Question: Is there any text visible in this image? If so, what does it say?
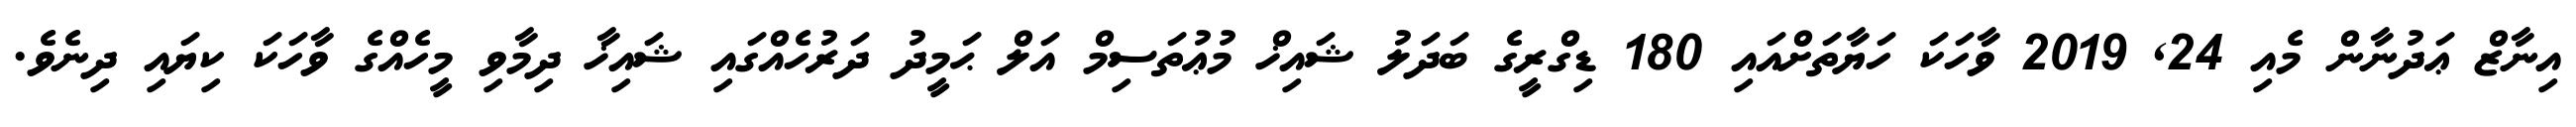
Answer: އިނާޒް ޢަދުނާން މެއި 24, 2019 ވާހަކަ ހަޔާތަށްއައި 180 ޑިގްރީގެ ބަދަލު ޝައިޚް މުޢުތަސިމް އަލް ޙަމީދު ދަރުހެއްގައި ޝައިޚާ ދިމާވި މީހެއްގެ ވާހަކަ ކިޔައި ދިނެވެ.